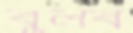
বুলব